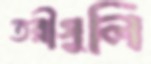
তরীগুলি